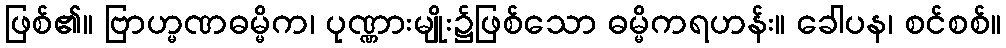
ဖြစ်၏။ ဗြာဟ္မဏဓမ္မိက၊ ပုဏ္ဏားမျိုး၌ဖြစ်သော ဓမ္မိကရဟန်း။ ခေါပန၊ စင်စစ်။